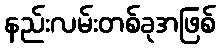
နည်းလမ်းတစ်ခုအဖြစ်